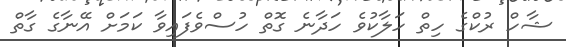
ޝާހް ރުކްގެ ހިތް ހަލާކުވެ ހަދާނެ ގޮތް ހުސްވެފައިވާ ކަމަށް އޭނާގެ ގާތް